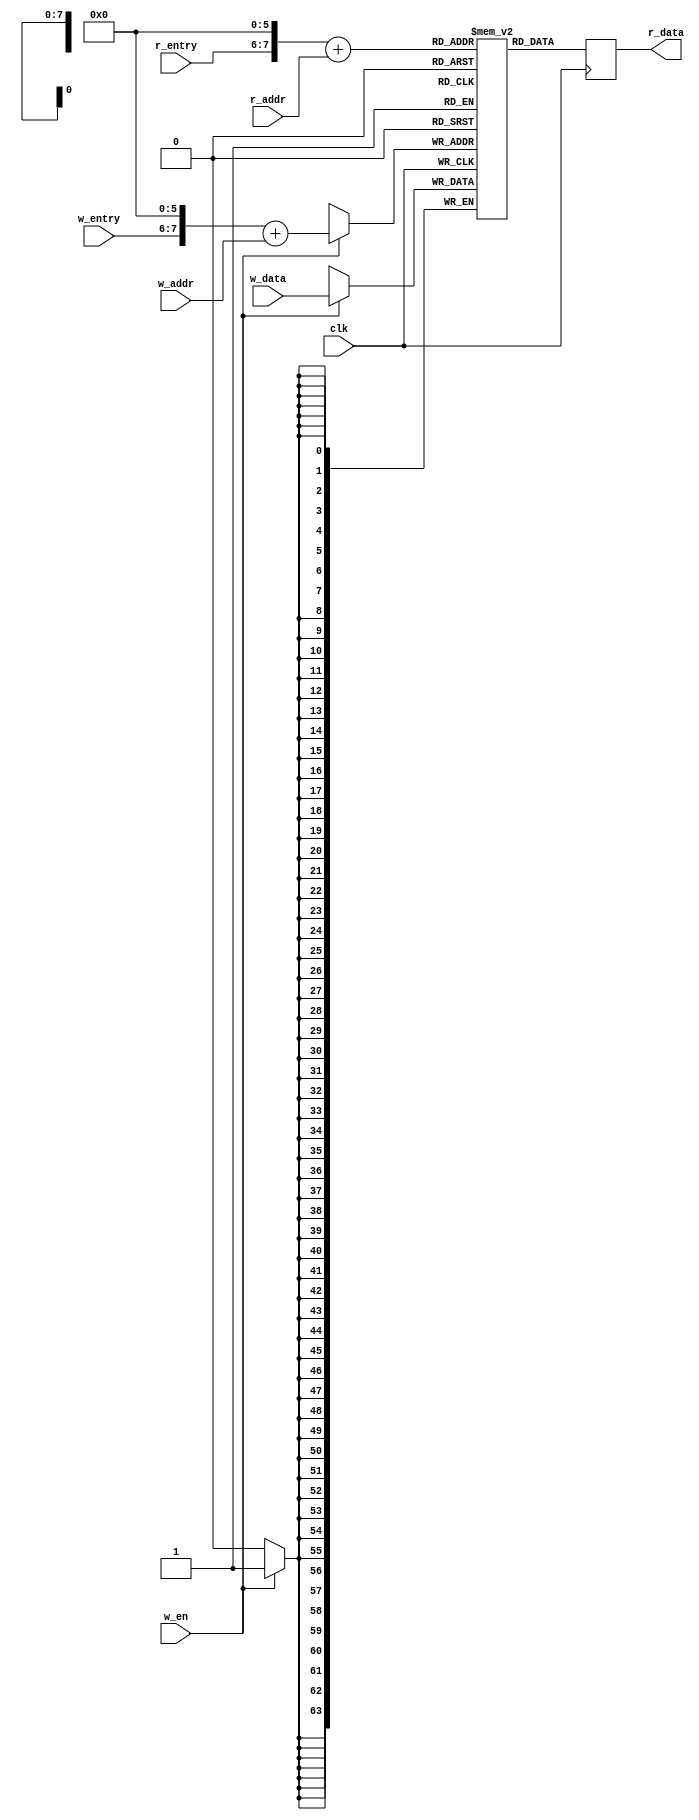
// ========== Copyright Header Begin ============================================
// Copyright (c) 2015 Princeton University
// All rights reserved.
// 
// Redistribution and use in source and binary forms, with or without
// modification, are permitted provided that the following conditions are met:
//     * Redistributions of source code must retain the above copyright
//       notice, this list of conditions and the following disclaimer.
//     * Redistributions in binary form must reproduce the above copyright
//       notice, this list of conditions and the following disclaimer in the
//       documentation and/or other materials provided with the distribution.
//     * Neither the name of Princeton University nor the
//       names of its contributors may be used to endorse or promote products
//       derived from this software without specific prior written permission.
// 
// THIS SOFTWARE IS PROVIDED BY PRINCETON UNIVERSITY "AS IS" AND
// ANY EXPRESS OR IMPLIED WARRANTIES, INCLUDING, BUT NOT LIMITED TO, THE IMPLIED
// WARRANTIES OF MERCHANTABILITY AND FITNESS FOR A PARTICULAR PURPOSE ARE
// DISCLAIMED. IN NO EVENT SHALL PRINCETON UNIVERSITY BE LIABLE FOR ANY
// DIRECT, INDIRECT, INCIDENTAL, SPECIAL, EXEMPLARY, OR CONSEQUENTIAL DAMAGES
// (INCLUDING, BUT NOT LIMITED TO, PROCUREMENT OF SUBSTITUTE GOODS OR SERVICES;
// LOSS OF USE, DATA, OR PROFITS; OR BUSINESS INTERRUPTION) HOWEVER CAUSED AND
// ON ANY THEORY OF LIABILITY, WHETHER IN CONTRACT, STRICT LIABILITY, OR TORT
// (INCLUDING NEGLIGENCE OR OTHERWISE) ARISING IN ANY WAY OUT OF THE USE OF THIS
// SOFTWARE, EVEN IF ADVISED OF THE POSSIBILITY OF SUCH DAMAGE.
// ========== Copyright Header End ============================================

//==================================================================================================
//  Revision      :
//  Company       : Princeton University
//
//  Description   : Handles caching SD blocks.
//==================================================================================================

module sd_block_cache
#(
    parameter EADDR_WIDTH = 2,
    parameter ENTRY_COUNT = (2**EADDR_WIDTH),
    parameter CACHE_DEPTH = (64*ENTRY_COUNT),
    parameter CADDR_WIDTH = 6,
    parameter CDATA_WIDTH = (2**CADDR_WIDTH)
)(
    // Clock + Reset
    input  wire                   clk,

    input  wire [EADDR_WIDTH-1:0] r_entry,
    input  wire [CADDR_WIDTH-1:0] r_addr,

    output reg  [CDATA_WIDTH-1:0] r_data,

    input  wire                   w_en,
    input  wire [EADDR_WIDTH-1:0] w_entry,
    input  wire [CADDR_WIDTH-1:0] w_addr,
    input  wire [CDATA_WIDTH-1:0] w_data
);

    localparam TADDR_WIDTH = EADDR_WIDTH + CADDR_WIDTH;

    reg [CDATA_WIDTH-1:0] blocks [CACHE_DEPTH-1:0];

    wire [TADDR_WIDTH-1:0] true_r_addr = ({6'd0, r_entry} << 6) + r_addr;
    wire [TADDR_WIDTH-1:0] true_w_addr = ({6'd0, w_entry} << 6) + w_addr;

    always @(posedge clk)
    begin
        r_data <= blocks[true_r_addr];
    end

    always @(posedge clk)
    begin
        if (w_en == 1'b1)
        begin
            blocks[true_w_addr] <= w_data;
        end
    end


endmodule